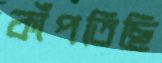
কাঁপতিছি